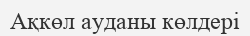
Ақкөл ауданы көлдері